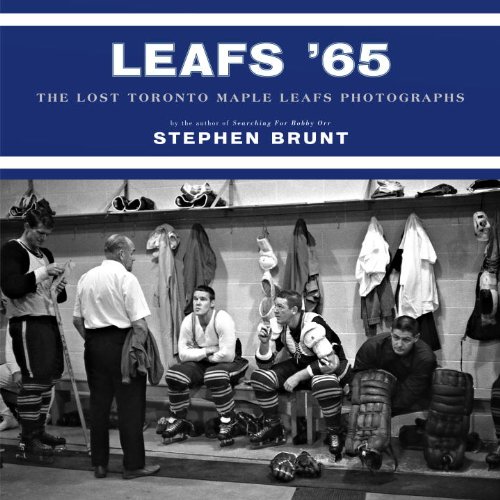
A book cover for Leafs '65: The Lost Toronto Maple Leafs Photographs; Stephen Brunt; History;